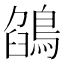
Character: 鵮